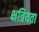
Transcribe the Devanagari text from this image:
क्षत्रियता